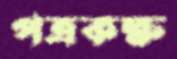
পত্রকক্ষ